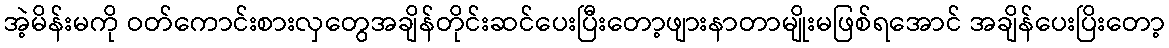
အဲ့မိန်းမကို ဝတ်ကောင်းစားလှတွေအချိန်တိုင်းဆင်ပေးပြီးတော့ဖျားနာတာမျိုးမဖြစ်ရအောင် အချိန်ပေးပြိးတော့